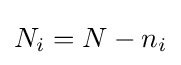
N_{i}=N-n_{i}